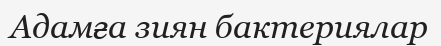
Адамға зиян бактериялар